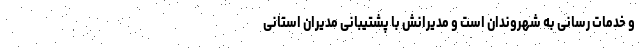
و خدمات رسانی به شهروندان است و مدیرانش با پشتیبانی مدیران استانی